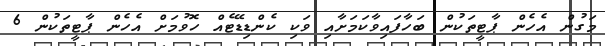
މަގުން އެހެން ޕާޓީތަކުން ބަހާފައިވާކަމަށާއި ވަކި ކެންޑިޑޭޓެއް ހޮވުމަށް އެހެން ޕާޓީތަކުން 6